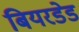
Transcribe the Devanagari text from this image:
बियरडेड